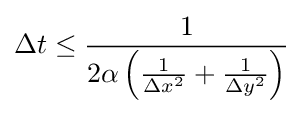
\Delta t\leq {\frac {1}{2\alpha \left({\frac {1}{\Delta x^{2}}}+{\frac {1}{\Delta y^{2}}}\right)}}